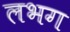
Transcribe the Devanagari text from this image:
लभग